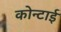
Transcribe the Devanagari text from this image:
कोन्टाई